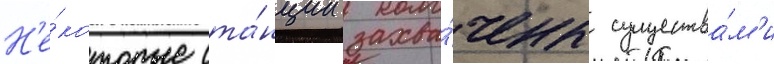
Н'е́которые ста́нции захва́чены существа́м'и